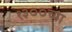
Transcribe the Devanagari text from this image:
१३००च्या